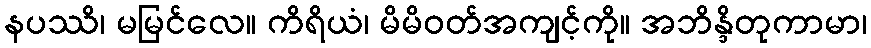
နပဿိ၊ မမြင်လေ။ ကိရိယံ၊ မိမိဝတ်အကျင့်ကို။ အဘိန္ဒိတုကာမာ၊